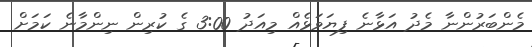
މެންބަރުންނާ މެދު އަޅާނެ ފިޔަވަޅެއް މިއަދު 3:00 ގެ ކުރިން ނިންމާނެ ކަމަށް